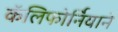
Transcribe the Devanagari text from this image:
कॅलिफोर्नियाने